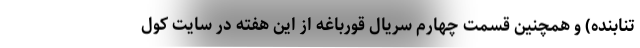
تنابنده) و همچنین قسمت چهارم سریال قورباغه از این هفته در سایت کول